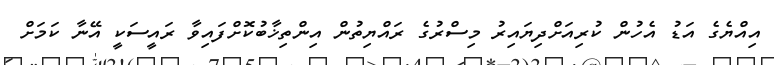
އިއްޔެގެ އަޑު އެހުން ކުރިއަށްދިޔައިރު މިސްރުގެ ރައްޔިތުން އިންތިޚާބުކޮށްފައިވާ ރައީސަކީ އޭނާ ކަމަށް